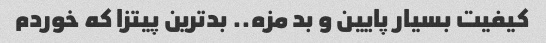
کیفیت بسیار پایین و بد مزه.. بدترین پیتزا که خوردم